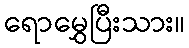
ရောမွှေပြီးသား။